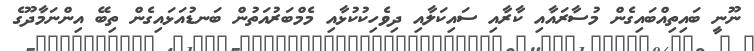
ނޫނީ ބައިތިއްބައިގެން މުސާރައާއި ކާރާއި ސައިކަލާއި ދިވެހިކުކުޅާއި މެމްބަރުއަތުން ބަނޑުއަޅައިގެން ތިބޭ އިންނަމާދޫގެ